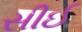
સીઈ